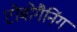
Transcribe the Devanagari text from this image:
टोबोगैनिंग